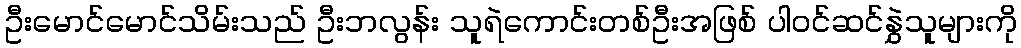
ဦးမောင်မောင်သိမ်းသည် ဦးဘလွန်း သူရဲကောင်းတစ်ဦးအဖြစ် ပါဝင်ဆင်နွှဲသူများကို